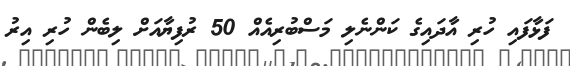
ފަޅާފައި ހުރި އާދައިގެ ކަންނެލި މަސްބުރިއެއް 50 ރުފިޔާއަށް ލިބެން ހުރި އިރު